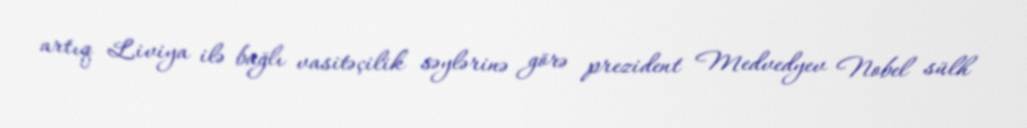
artıq Liviya ilə bağlı vasitəçilik səylərinə görə prezident Medvedyev Nobel sülh